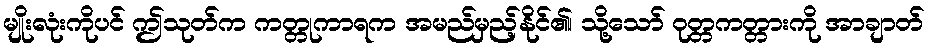
မျိုးလုံးကိုပင် ဤသုတ်က ကတ္တုကာရက အမည်မှည့်နိုင်၏၊ သို့သော် ဝုတ္တကတ္တားကို အာချာတ်